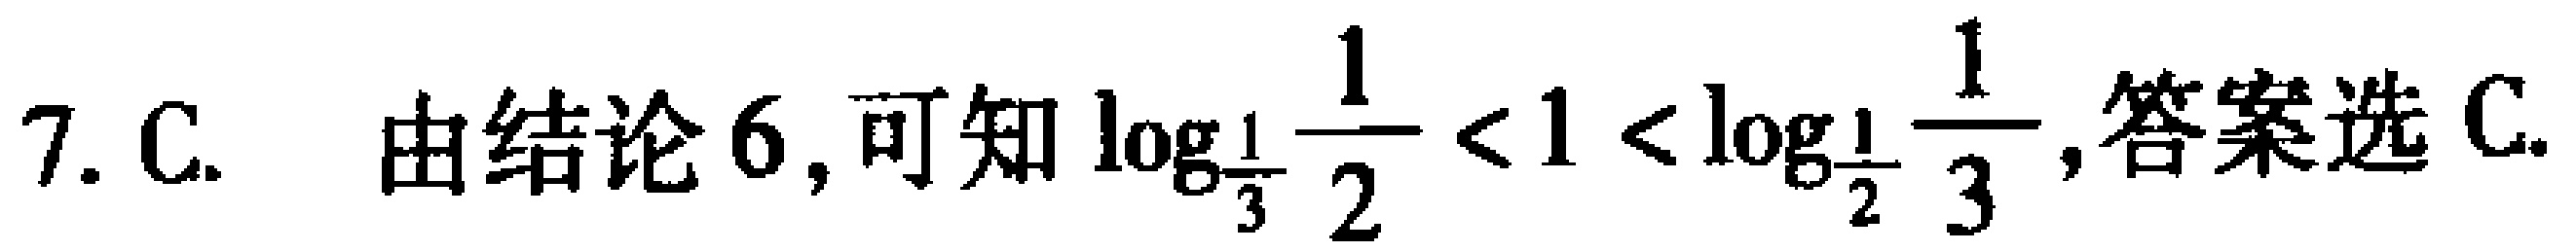
7. C. 由结论 6, 可知\(\log_{\frac{1}{3}}\frac{1}{2}<1<\log_{\frac{1}{2}}\frac{1}{3}\), 答案选 C.